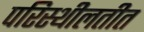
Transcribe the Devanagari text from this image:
परिस्थीलतीत